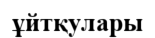
ұйтқулары